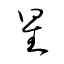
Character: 星